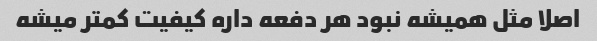
اصلا مثل همیشه نبود هر دفعه داره کیفیت کمتر میشه